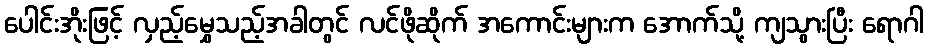
ပေါင်းအိုးဖြင့် လှည့်မွှေသည့်အခါတွင် လင်ဖိုဆိုက် အကောင်းများက အောက်သို့ ကျသွားပြီး ရောဂါ